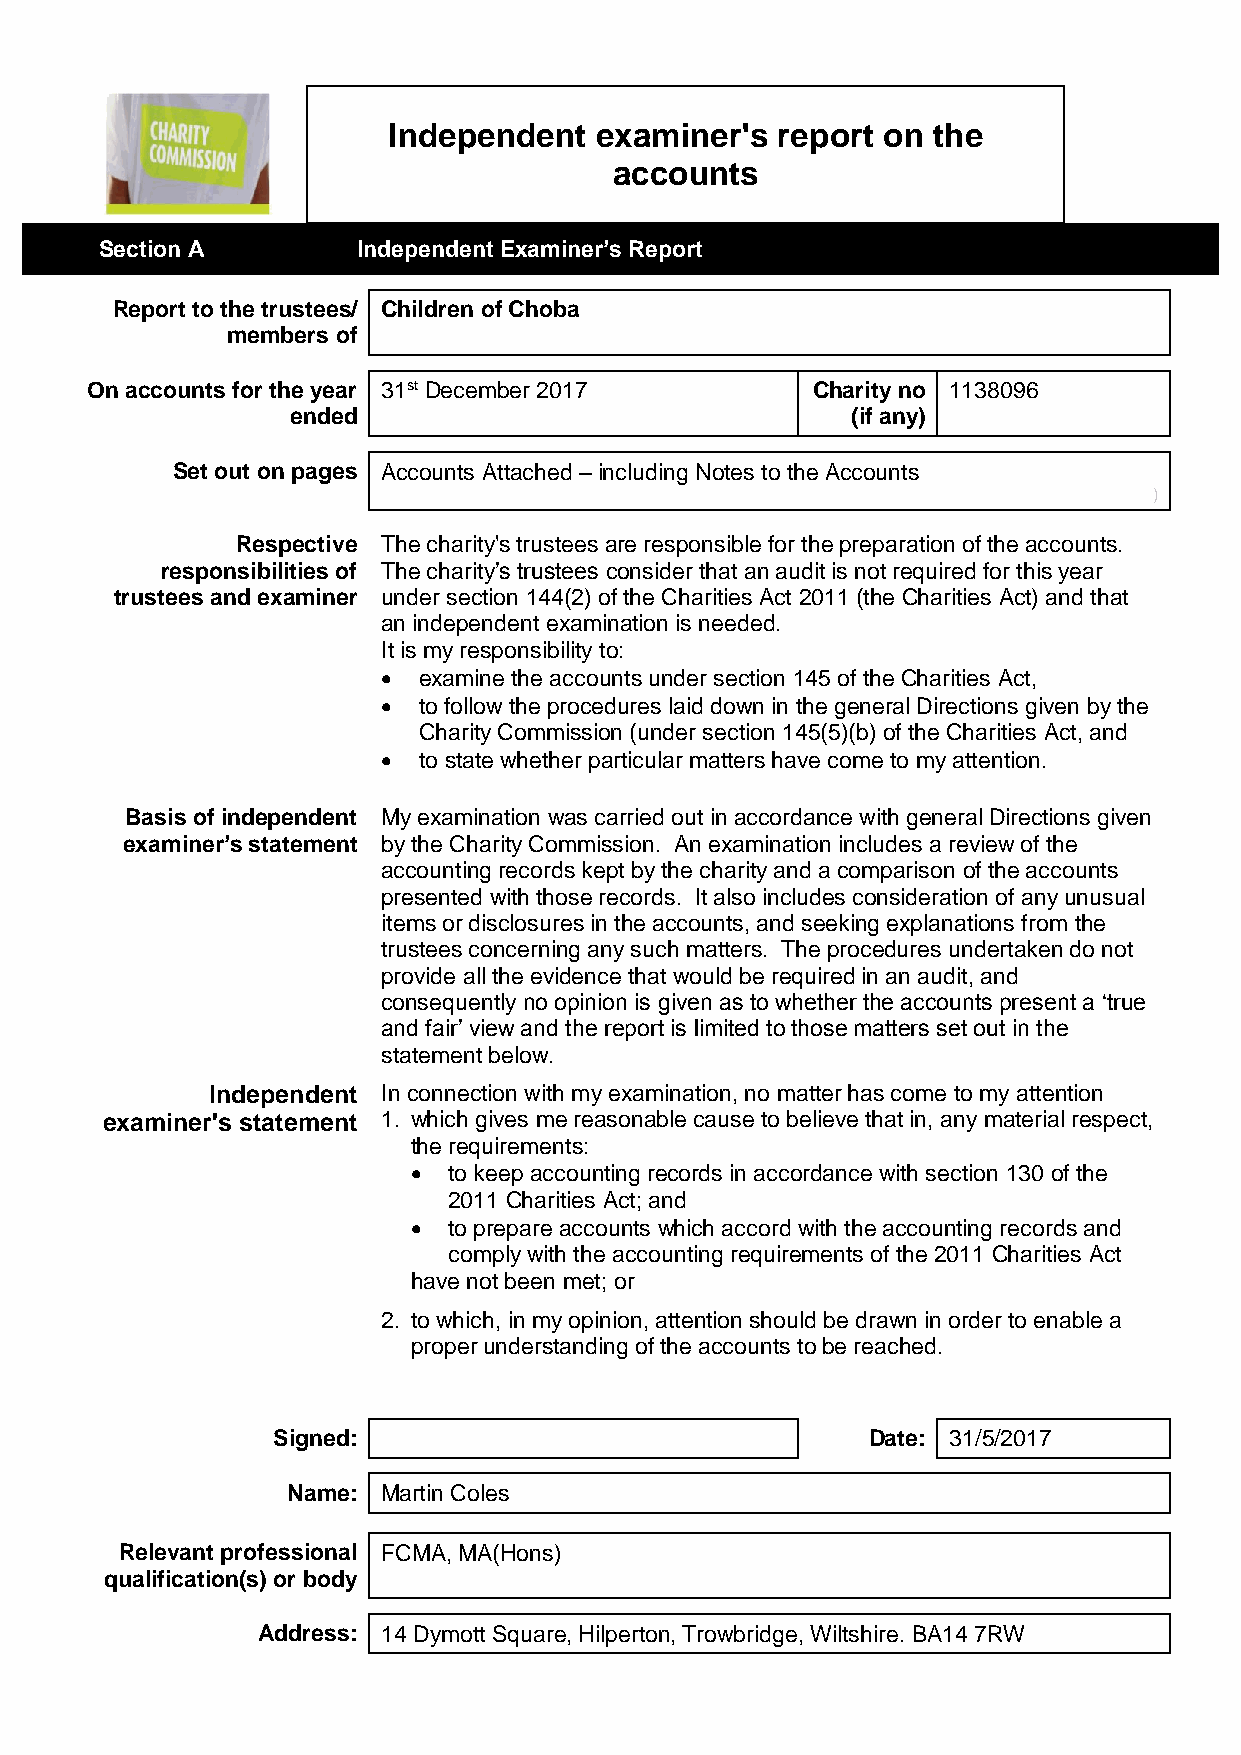
Independent  examiner's  report on  the
 accounts
 Section A        Independent Examiner’s Report
 Report to the trustees/ Children of Choba
 members of
 On accounts for the year 31st December 2017     Charity no 1138096
 ended                                (if any)
 Set out on pages Accounts Attached – including Notes to the Accounts
 )
 Respective The charity's trustees are responsible for the preparation of the accounts.
 responsibilities of The charity’s trustees consider that an audit is not required for this year
 trustees and examiner under section 144(2) of the Charities Act 2011 (the Charities Act) and that
 an independent examination is needed.
 It is my responsibility to:
   examine the accounts under section 145 of the Charities Act,
   to follow the procedures laid down in the general Directions given by the
 Charity Commission (under section 145(5)(b) of the Charities Act, and
   to state whether particular matters have come to my attention.
 Basis of independent My examination was carried out in accordance with general Directions given
 examiner’s statement by the Charity Commission. An examination includes a review of the
 accounting records kept by the charity and a comparison of the accounts
 presented with those records. It also includes consideration of any unusual
 items or disclosures in the accounts, and seeking explanations from the
 trustees concerning any such matters. The procedures undertaken do not
 provide all the evidence that would be required in an audit, and
 consequently no opinion is given as to whether the accounts present a ‘true
 and fair’ view and the report is limited to those matters set out in the
 statement below.
 Independent In connection with my examination, no matter has come to my attention
 examiner's statement 1. which gives me reasonable cause to believe that in, any material respect,
 the requirements:
   to keep accounting records in accordance with section 130 of the
 2011 Charities Act; and
   to prepare accounts which accord with the accounting records and
 comply with the accounting requirements of the 2011 Charities Act
 have not been met; or
 2. to which, in my opinion, attention should be drawn in order to enable a
 proper understanding of the accounts to be reached.
 Signed:                                Date: 31/5/2017
 Name: Martin Coles
 Relevant professional FCMA, MA(Hons)
 qualification(s) or body
 Address: 14 Dymott Square, Hilperton, Trowbridge, Wiltshire. BA14 7RW